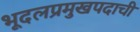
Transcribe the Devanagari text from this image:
भूदलप्रमुखपदाची